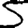
Digit: 5